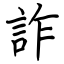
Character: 詐